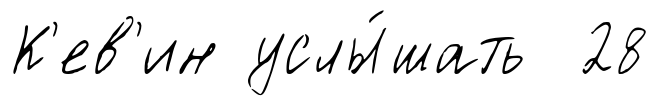
К'ев'ин услы́шать 28